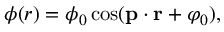
\phi ( r ) = \phi _ { 0 } \cos ( { \bf p } \cdot { \bf r } + \varphi _ { 0 } ) ,